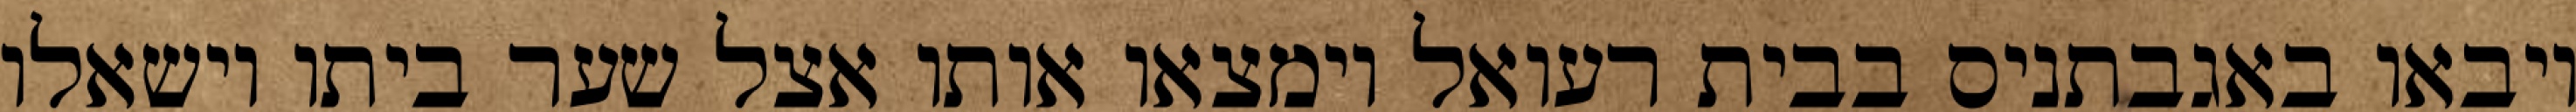
ויבאו באגבתניס בבית רעואל וימצאו אותו אצל שער ביתו וישאלו